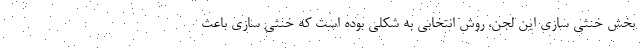
بخش خنثی سازی این لجن، روش انتخابی به شکلی بوده است که خنثی سازی باعث